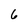
Character: 6